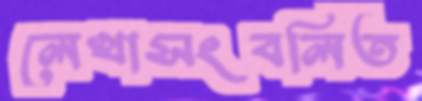
লেখাসংবলিত